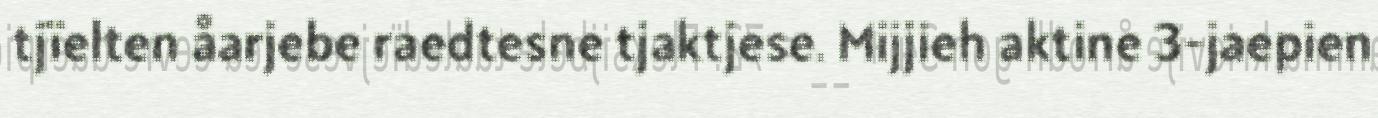
tjïelten åarjebe raedtesne tjaktjese. Mijjieh aktine 3-jaepien